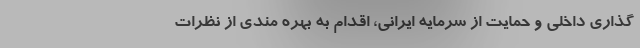
گذاری داخلی و حمایت از سرمایه ایرانی، اقدام به بهره مندی از نظرات